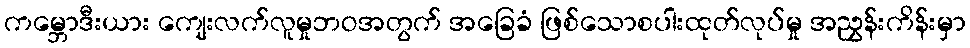
ကမ္ဘောဒီးယား ကျေးလက်လူမှုဘဝအတွက် အခြေခံ ဖြစ်သောစပါးထုတ်လုပ်မှု အညွှန်းကိန်းမှာ